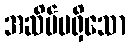
အဆိပ်မရှိသော